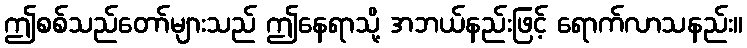
ဤစစ်သည်တော်များသည် ဤနေရာသို့ အဘယ်နည်းဖြင့် ရောက်လာသနည်း။